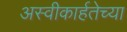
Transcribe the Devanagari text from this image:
अस्वीकार्हतेच्या